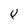
Character: p